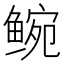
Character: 𬶝